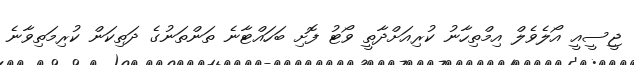
ޖީސީއީ އޯލެވެލް އިމްތިހާނު ކުރިއަށްދާތީ ވޯޓު ފޮށި ބަހައްޓާނެ ތަންތަނުގެ ދަތިކަން ކުރިމަތިވާނެ